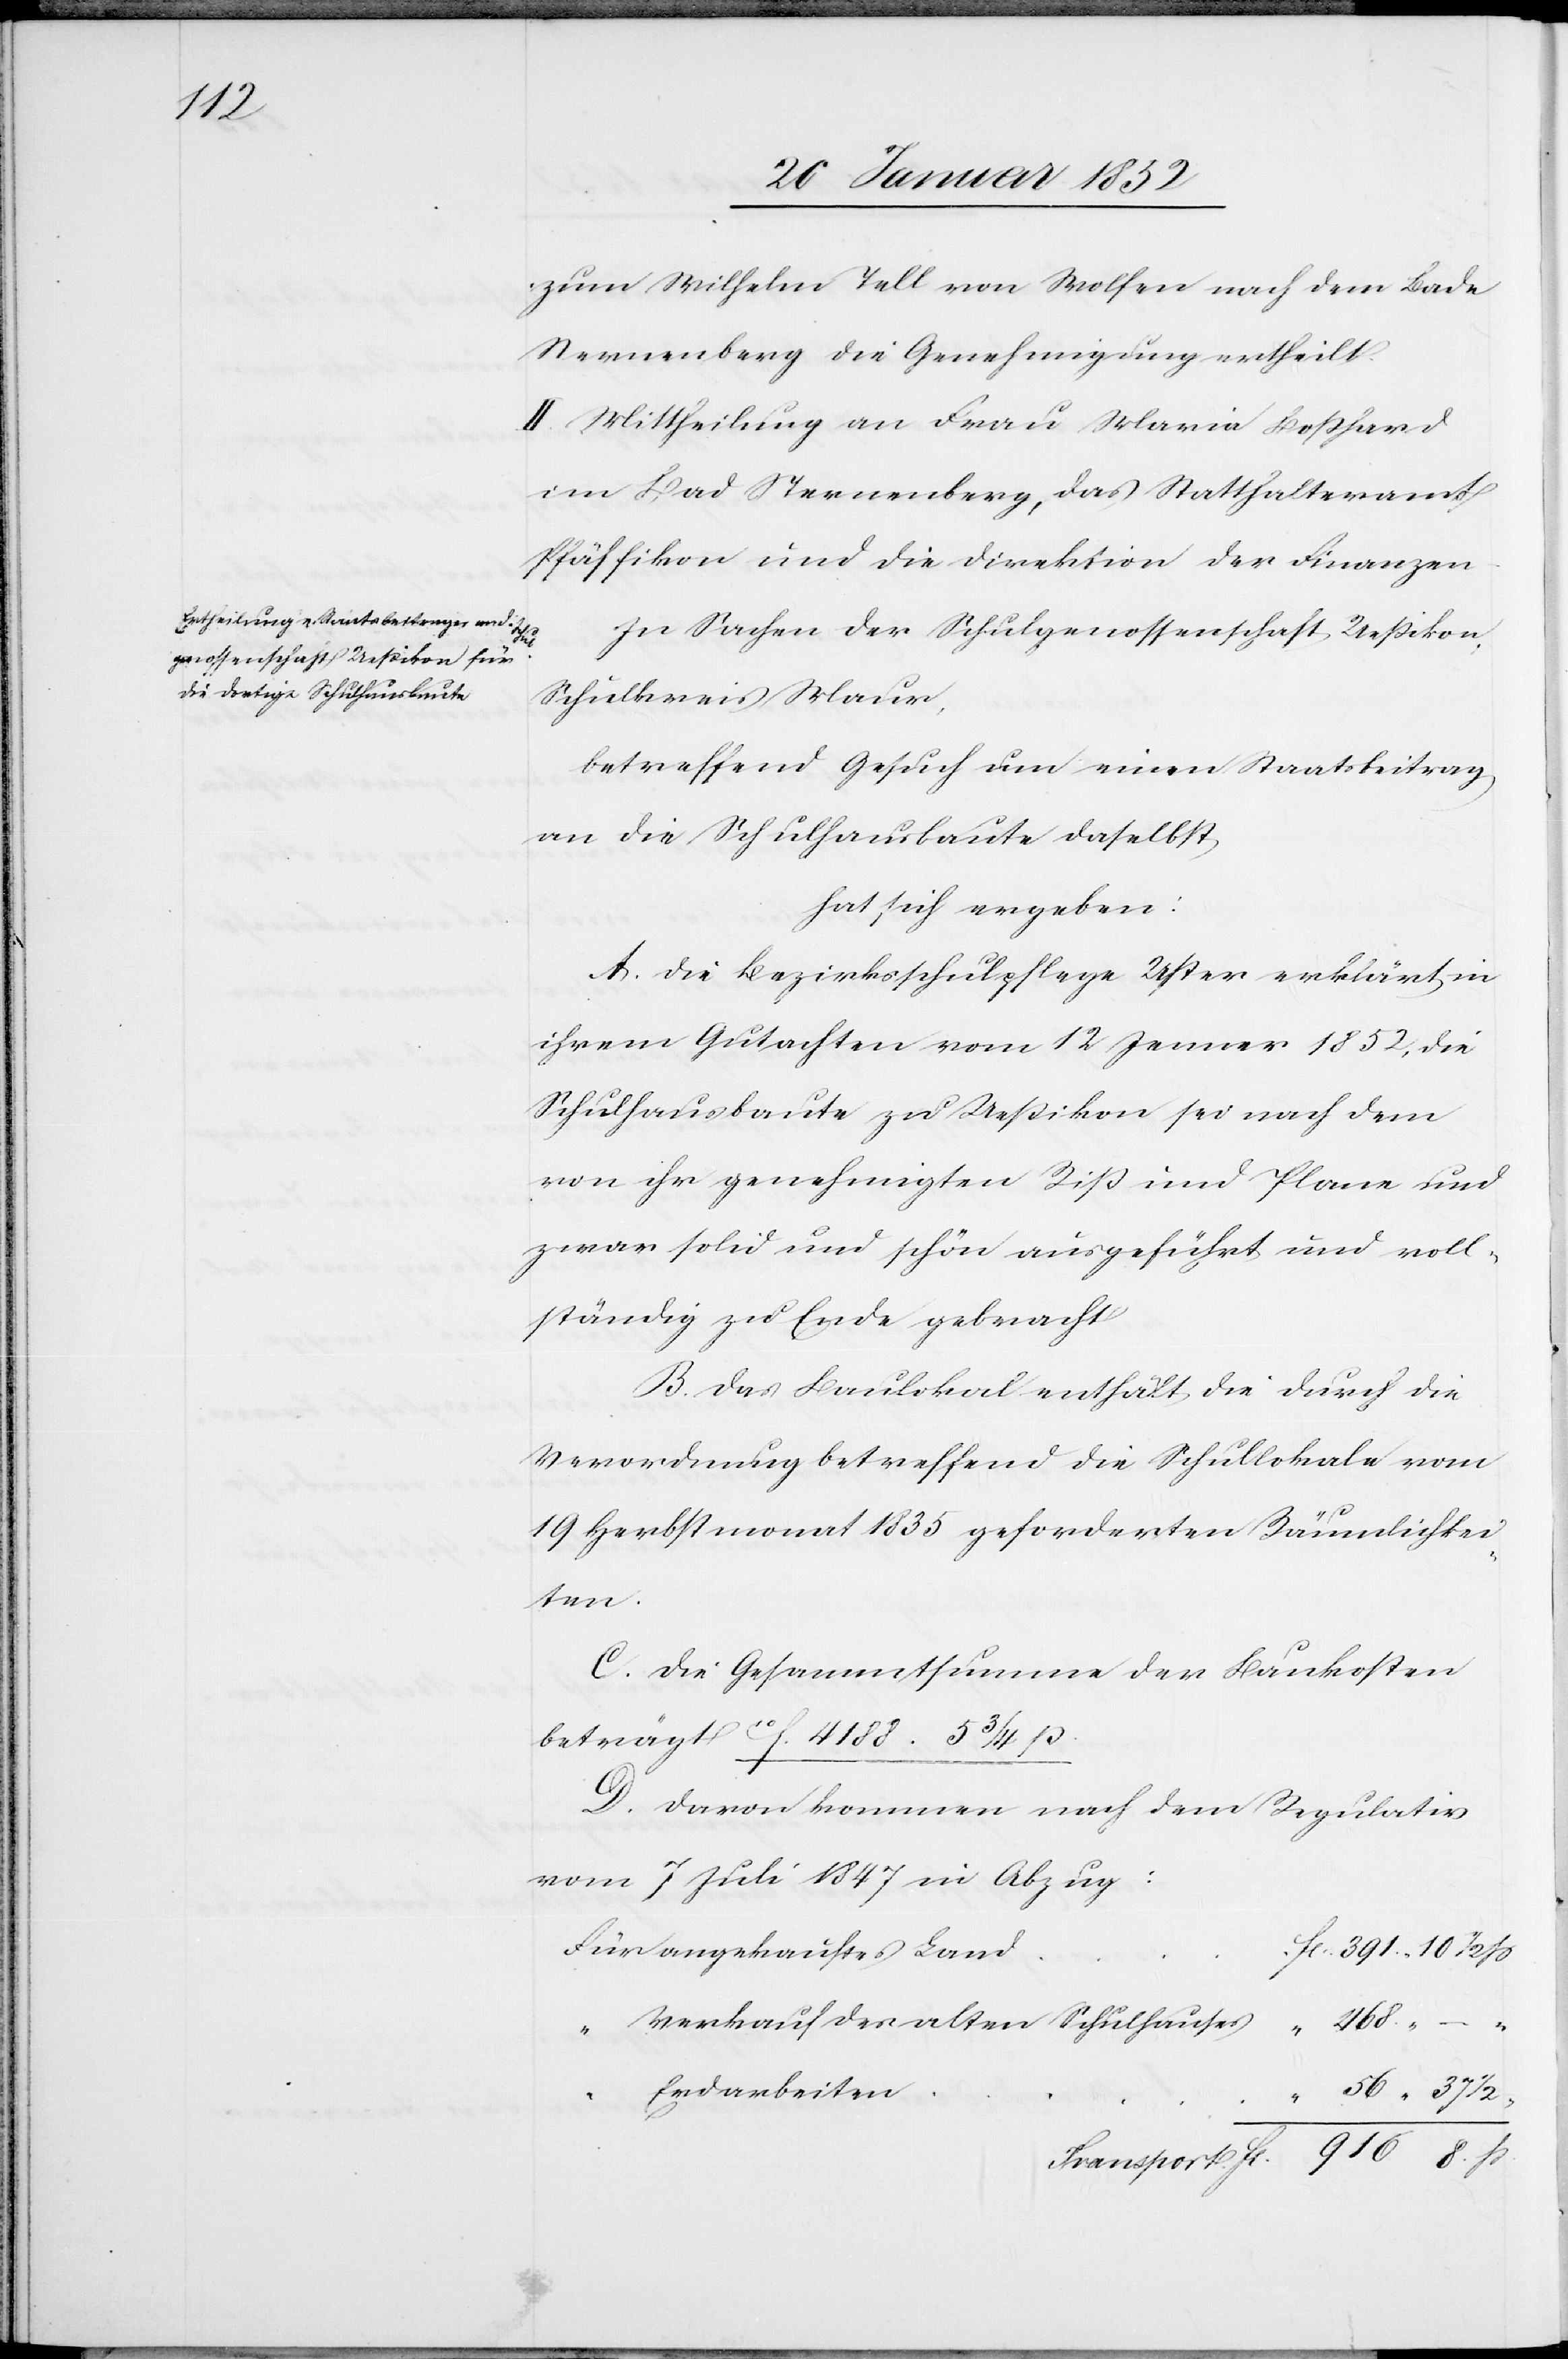
1/2

zum Wilhelm Tell von Wolfen nach dem Bade
Sternenberg die Genehmigung ertheilt.
II. Mittheilung an Frau Maria Boßhard
im Bad Sternenberg, das Statthalteramt
Pfäffikon und die Direktion der Finanzen.
In Sachen der Schulgenossenschaft Ueßikon,
Schulkreis Maur,
betreffend Gesuch um einen Staatsbeitrag
an die Schulhausbaute daselbst,
hat sich ergeben:
A. Die Bezirksschulpflege Uster erklärt in
ihrem Gutachten vom 12 Jenner 1852, die
Schulhausbaute zu Ueßikon sei nach dem
von ihr genehmigten Riß und Plane und
zwar solid und schön ausgeführt und voll¬
ständig zu Ende gebracht.
B. Das Baulokal enthält die durch die
Verordnung betreffend die Schullokale vom
19 Herbstmonat 1835 geforderten Räumlichkei¬
ten.
C. Die Gesammtsumme der Baukosten
beträgt 10f. 4188. 5 3/4 ß.
D. Davon kommen nach dem Regulativ
vom 7 Juli 1847 in Abzug:
angekauftes Land
Verkauf des alten Schulhauses
Erdarbeiten